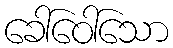
ခေါ်ဝေါ်သော